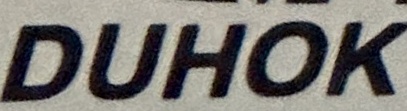
DUHOK